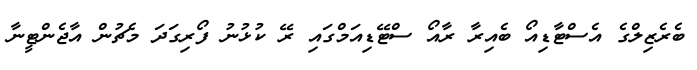
ބެރެޒިލްގެ އެސްޓާޑިއޯ ބެއިރާ ރާއޯ ސްޓޭޑިއަމްގައި ރޭ ކުޅުނު ފޯރިގަދަ މެޗުން އާޖެންޓީނާ